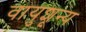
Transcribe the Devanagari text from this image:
वायुशून्य